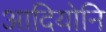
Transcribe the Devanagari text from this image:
आदियोनि